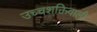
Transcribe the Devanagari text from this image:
उच्चशक्तिवाली